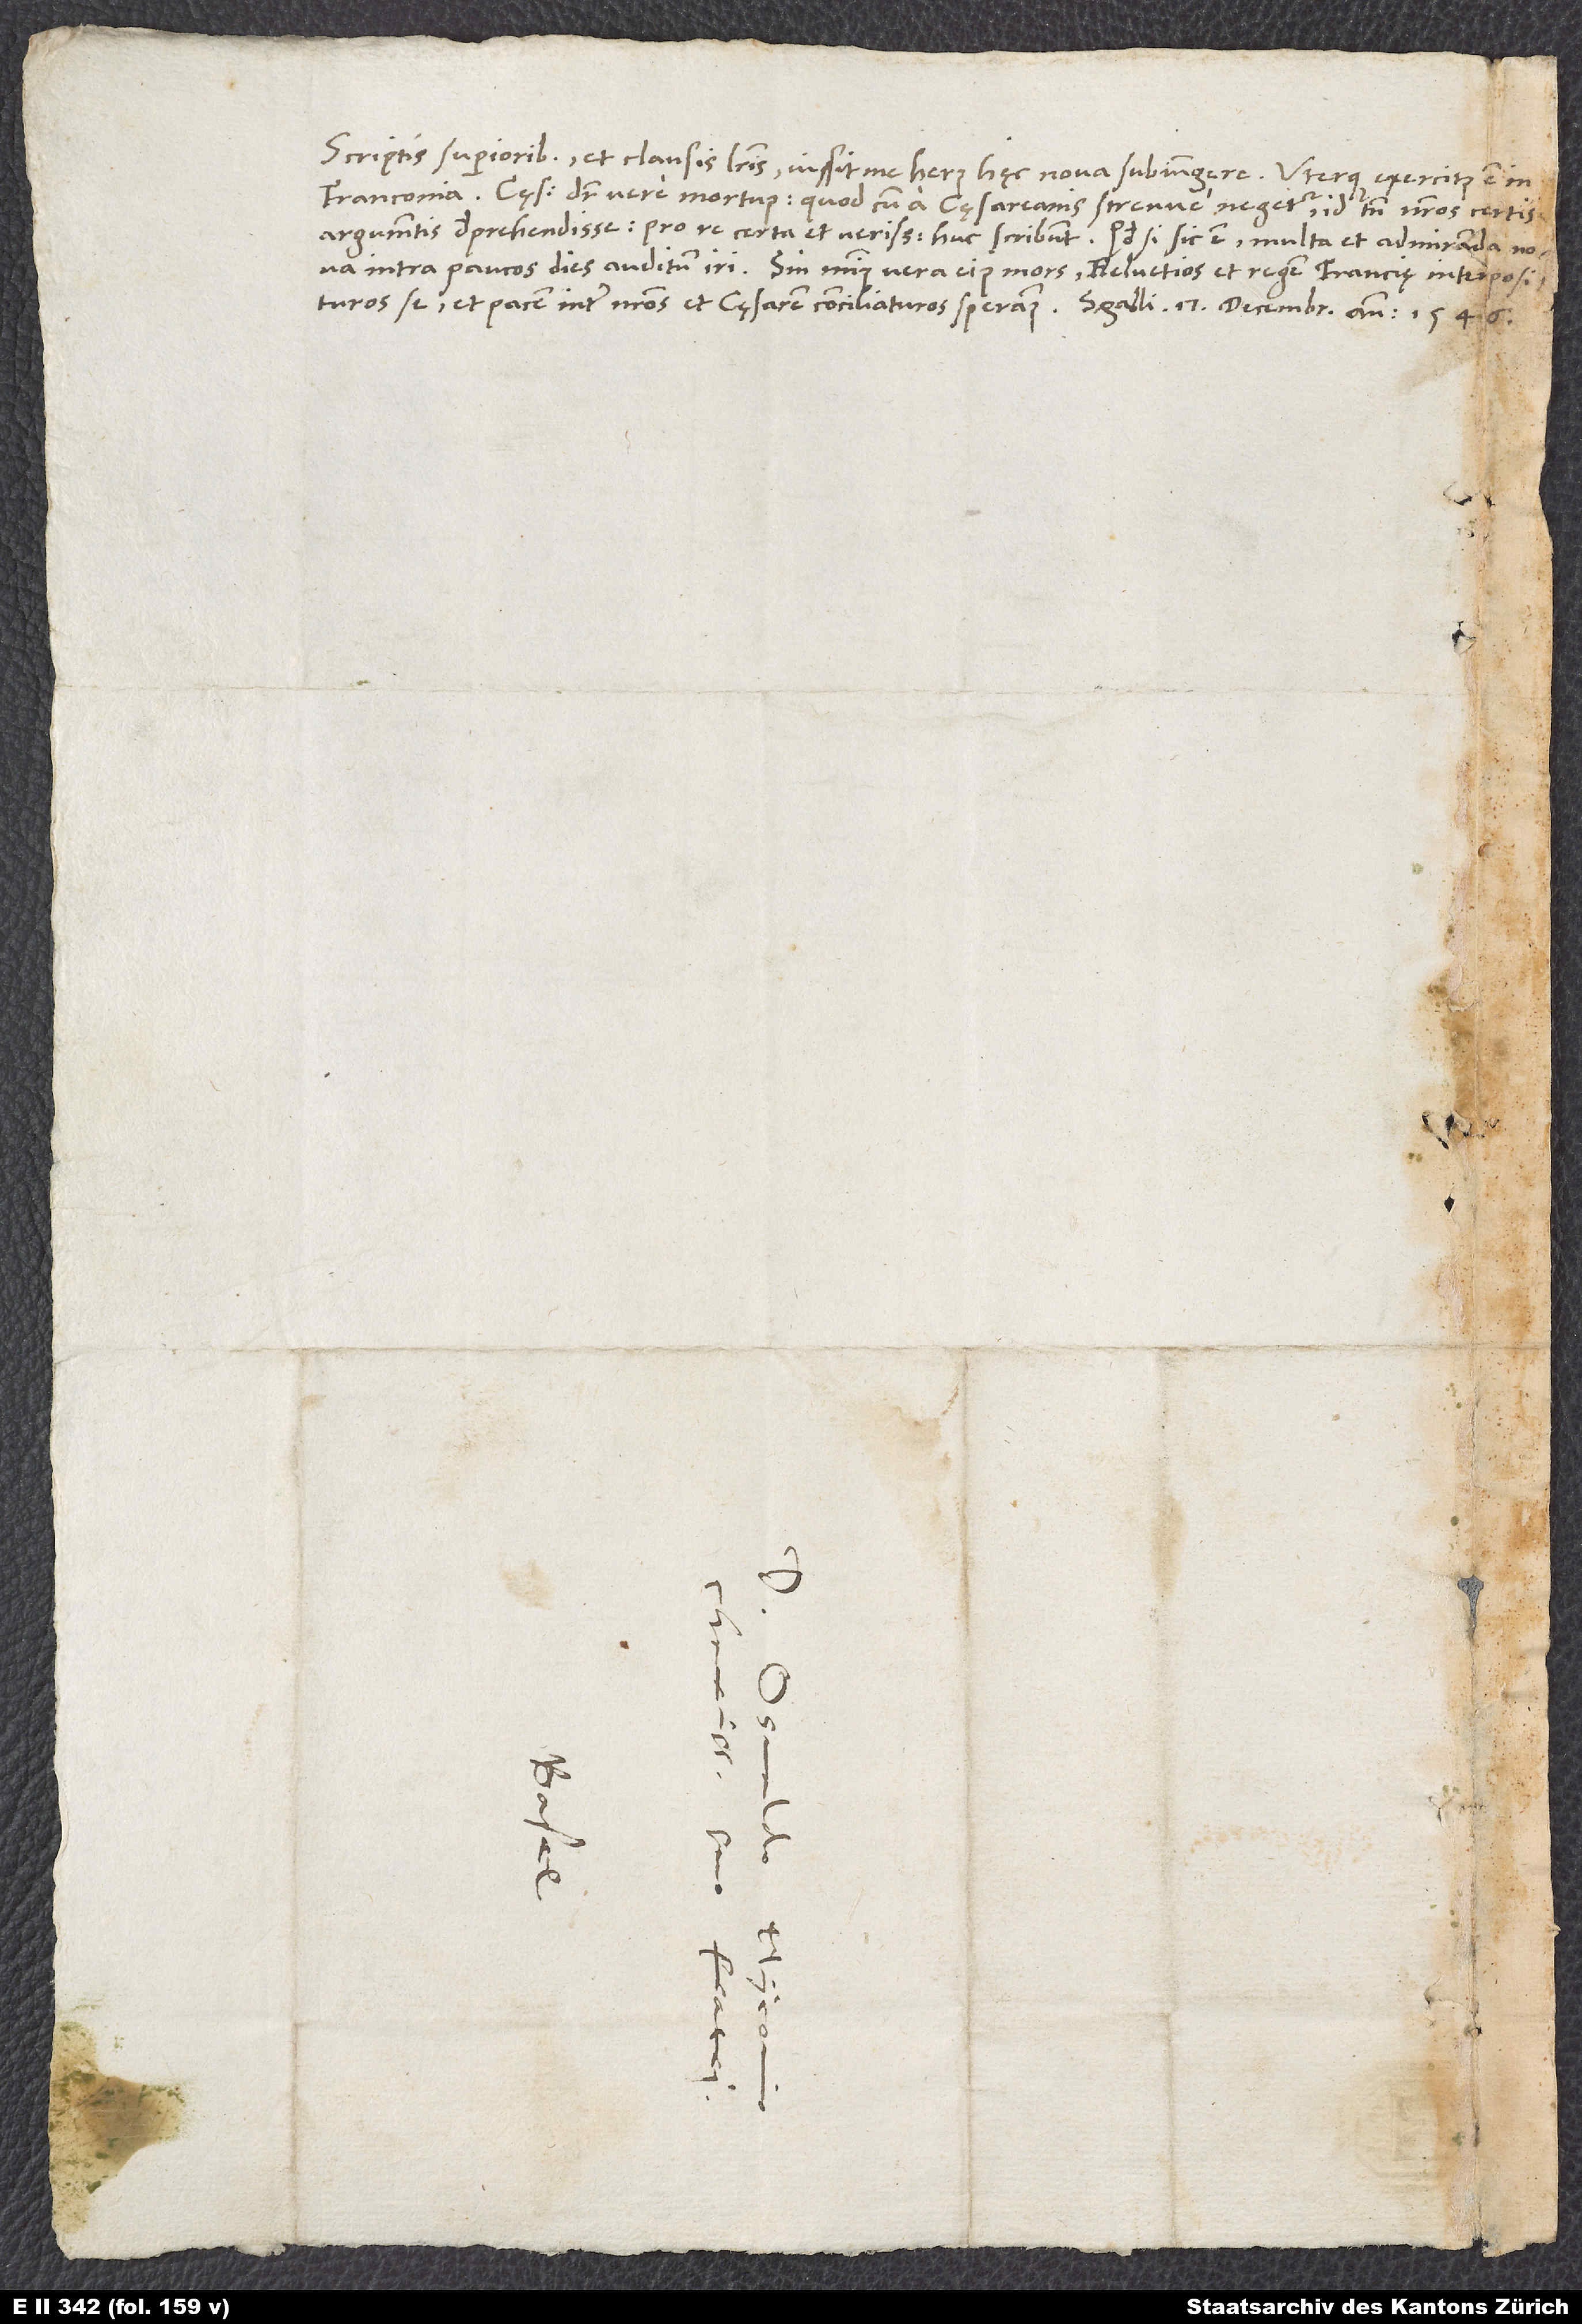
Scriptis superioribus et clausis literis iussit me herus hęc nova subiungere: Uterque exercitus est
S.